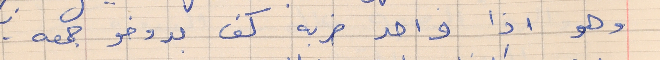
وهو اذا واحد ضربه كف بدوخو جمعه  . .